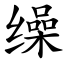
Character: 缲